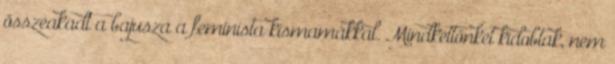
összeakadt a bajusza a feminista kismamákkal. Mindkettőnket kidobtak, nem